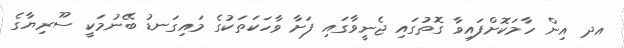
އދ އިން ހާމަކޮށްފައިވާ ގޮތުގައި ޖެނީވާގައި ފަށާ ވާހަކަތަކުގެ މައިގަނޑު ބޭނުމަކީ ސޫރިޔާގެ